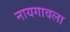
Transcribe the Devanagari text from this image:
नायगावला